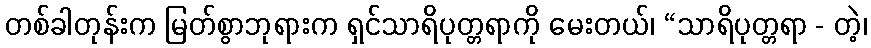
တစ်ခါတုန်းက မြတ်စွာဘုရားက ရှင်သာရိပုတ္တရာကို မေးတယ်၊ “သာရိပုတ္တရာ - တဲ့၊